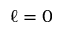
\ell = 0